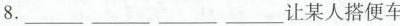
8._______________让某人搭便车